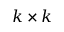
k \times k